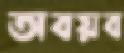
অবয়ব